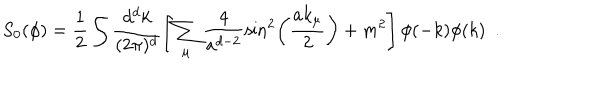
S _ { 0 } ( \phi ) = \frac { 1 } { 2 } \int \frac { d ^ { d } k } { ( 2 \pi ) ^ { d } } \left[ \sum _ { \mu } \frac { 4 } { a ^ { d - 2 } } \sin ^ { 2 } \left( \frac { a k _ { \mu } } { 2 } \right) + m ^ { 2 } \right] \phi ( - k ) \phi ( k ) \ \ .